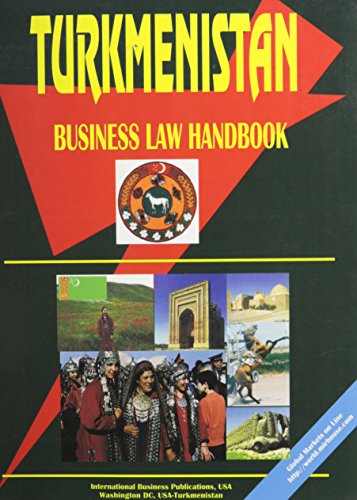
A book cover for Turkmenistan Business Law Handbook; Ibp Usa; Travel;